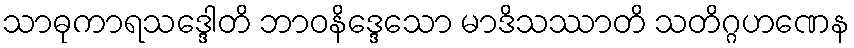
သာဓုကာရသဒ္ဒေါတိ ဘာဝနိဒ္ဒေသော မာဒိသဿာတိ သတိဂ္ဂဟဏေန